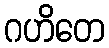
ဂဟိတေ